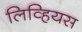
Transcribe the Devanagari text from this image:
लिव्हियस